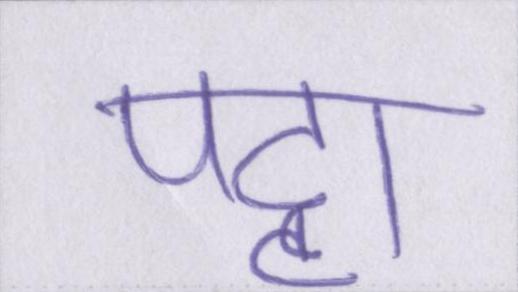
पट्टा